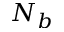
N _ { b }